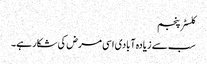
کلسٹر پنجم
سب سے زیادہ آبادی اسی مرض کی شکار ہے۔